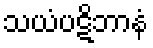
သယံပဋိဘာနံ